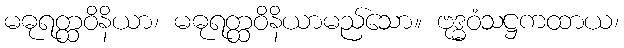
မဓုရတ္ထဝိနိယာ၊ မဓုရတ္ထဝိနိယာမည်သော။ ဗုဒ္ဓဝံသဋ္ဌကထာယ၊